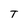
Character: T